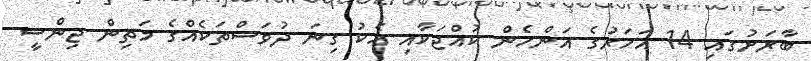
ބާރަށުގައި 14 އަހަރުގެ އަންހެން ކުއްޖަކާއި އެކު ގިނަ ދުވަސްތަކެއްގެ މަތިން ޖިންސީ